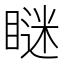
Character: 瞇